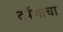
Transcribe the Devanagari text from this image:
दर्पणाचा